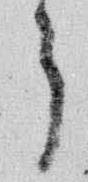
郎